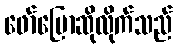
ဖော်ပြောဆိုလိုက်သည်